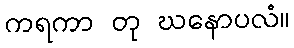
ကရကာ တု ဃနောပလံ။